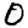
Digit: 0